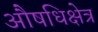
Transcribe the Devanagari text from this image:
औषधिक्षेत्र